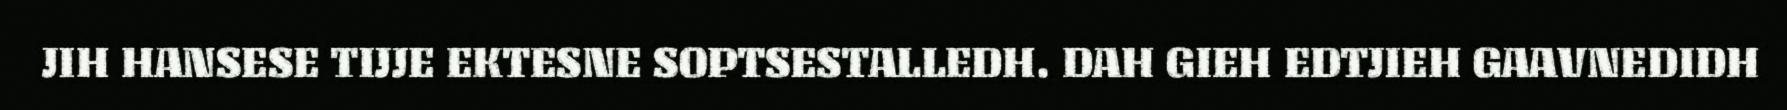
JIH HANSESE TIJJE EKTESNE SOPTSESTALLEDH. DAH GIEH EDTJIEH GAAVNEDIDH